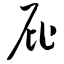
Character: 屁